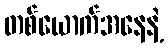
တစ်ယောက်အနေနဲ့